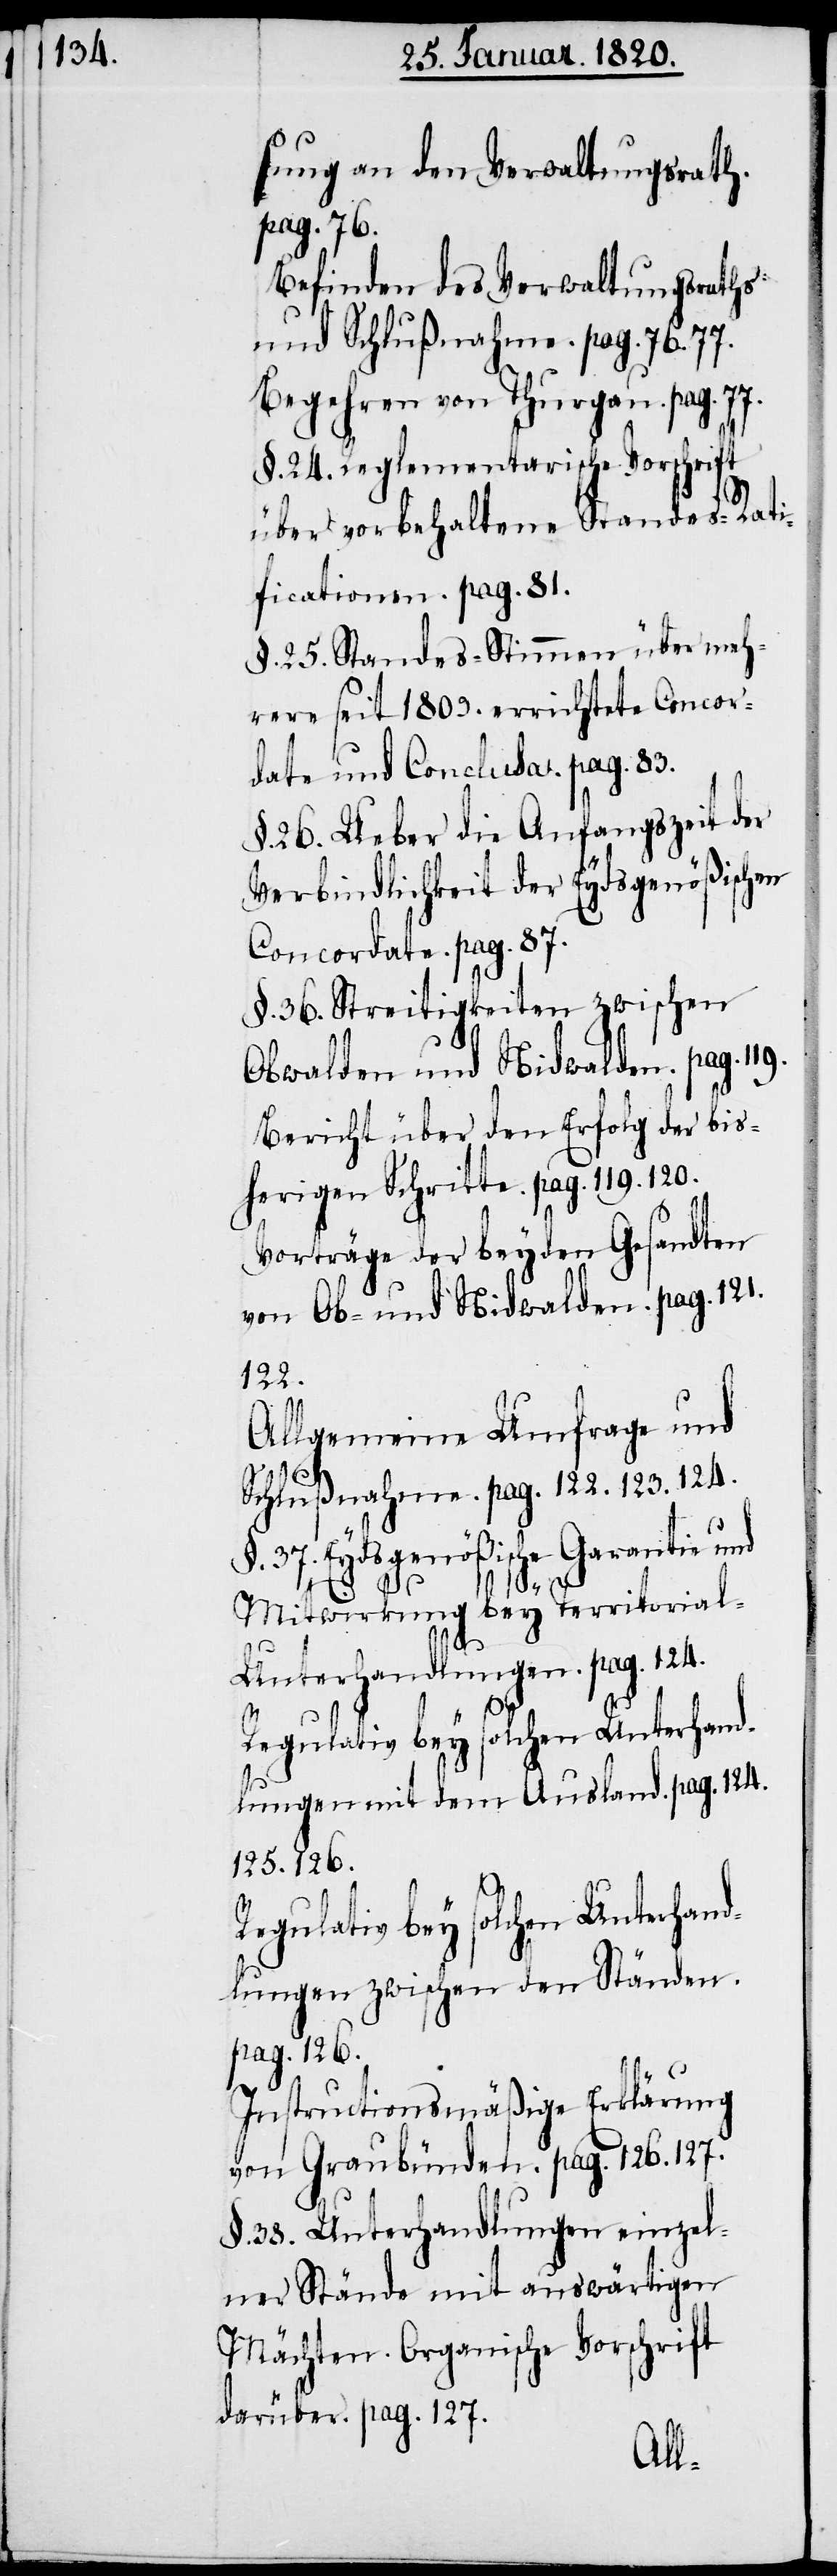
sung an den Verwaltungsrath.
pag. 76.
Befinden des Verwaltungsraths
und Schlußnahme. pag. 76.
§. 24. Reglementarische Vorschrift
über vorbehaltene Standes-Rati¬
ficationen. pag. 81.
§. 25. Standes-Stimmen über meh¬
rere seit 1809. errichtete Concor¬
date und Conclusa. pag. 83.
§. 26. Ueber die Anfangszeit der
Verbindlichkeit der Eydsgenößischen
Concordate. pag. 87.
§. 36. Streitigkeiten zwischen
Obwalden und Nidwalden. pag.
Bericht über den Erfolg der bis¬
herigen Schritte. pag. 119. 120.
Vorträge der beyden Gesandten
von Ob- und Nidwalden. pag. 121.
122.
Allgemeine Umfrage und
Schlußnahme. pag. 122. 123. 124.
§. 37. Eydsgenößische Garantie und
119.
Mitwirkung bey Territorial-U¬
nterhandlungen. pag. 124.
Regulativ bey solchen Unterhand¬
lungen mit dem Ausland. pag. 124.
125. 126.
Instructionsmäßige Erklärung
von Graubünden. pag. 126. 127.
§. 38. Unterhandlungen einzel¬
ner Stände mit auswärtigen
Mächten. Organische Vorschrift
darüber. pag. 127.